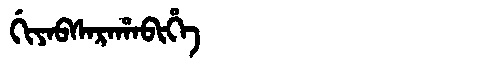
Manchu: ᡤᡳᠶᠠᠪᠰᠠᡵᠠᡥᠠᠪᡳᡥᡝ
Romanization: GIYABSARAHABIHE